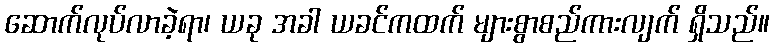
ဆောက်လုပ်လာခဲ့ရာ၊ ယခု အခါ ယခင်ကထက် များစွာစည်ကားလျက် ရှိသည်။